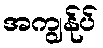
အကျွန်ုပ်